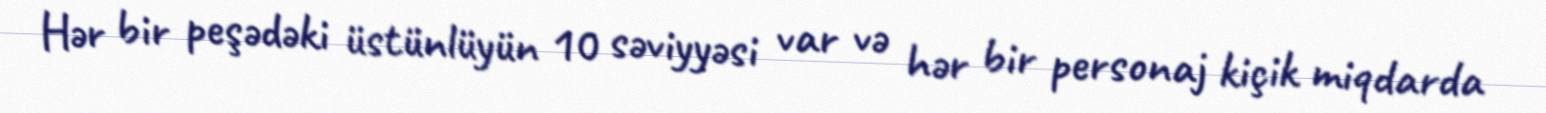
Hər bir peşədəki üstünlüyün 10 səviyyəsi var və hər bir personaj kiçik miqdarda